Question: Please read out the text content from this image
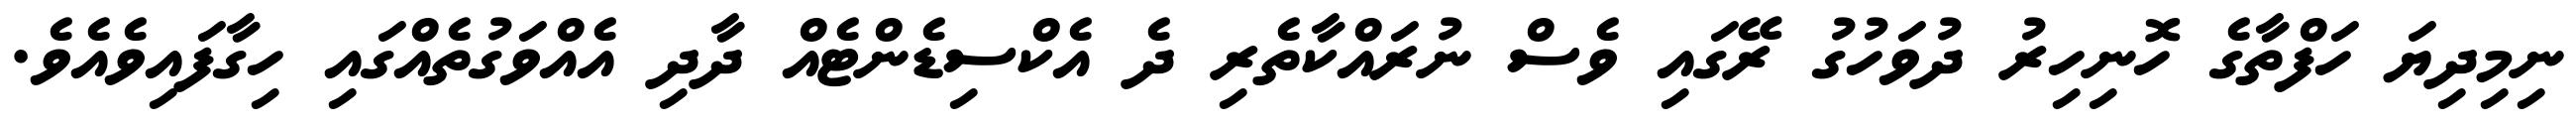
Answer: ނިމިދިޔަ ހަފްތާގެ ހޮނިހިރު ދުވަހުގު ރޭގައި ވެސް ނުރައްކާތެރި ދެ އެކްސިޑެންޓެއް ދާދި އެއްވަގުތެއްގައި ހިގާފައިވެއެވެ.